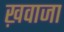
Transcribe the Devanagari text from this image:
ख़वाजा